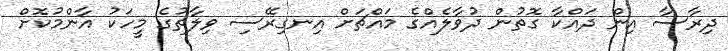
ދިރާސާ އިން ދައްކާ ގޮތުން ދުވާލެއްގެ މައްޗަށް އިނގިރޭސި ވިލާތުގެ މީހަކު އާންމުކޮށް